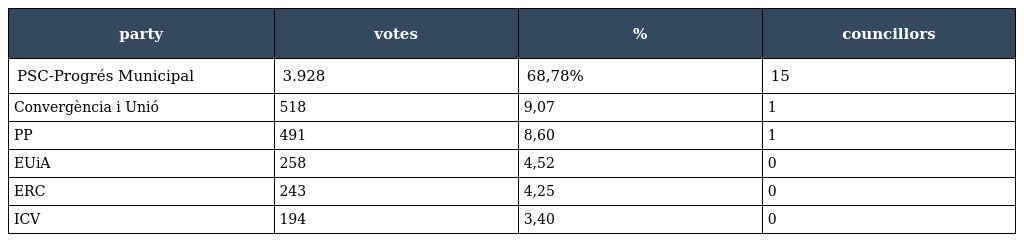
| party | votes | % | councillors |
 | --- | --- | --- | --- |
 | PSC-Progrés Municipal | 3.928 | 68,78% | 15 |
 | Convergència i Unió | 518 | 9,07 | 1 |
 | PP | 491 | 8,60 | 1 |
 | EUiA | 258 | 4,52 | 0 |
 | ERC | 243 | 4,25 | 0 |
 | ICV | 194 | 3,40 | 0 |